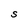
Character: S